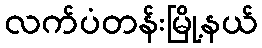
လက်ပံတန်းမြို့နယ်